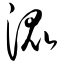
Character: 混